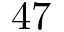
4 7